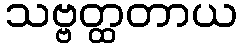
သဗ္ဗတ္ထတာယ